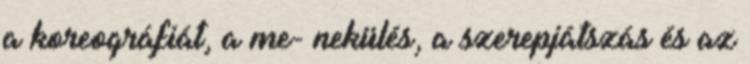
a koreográfiát, a me- nekülés, a szerepjátszás és az